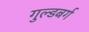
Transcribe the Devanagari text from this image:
गुल्डबर्ग